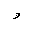
Letter: _waw